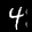
Label: 4